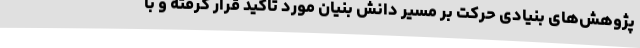
پژوهش‌های بنیادی حرکت بر مسیر دانش بنیان مورد تاکید قرار گرفته و با